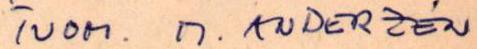
TUOM. M. ANDERZÉN